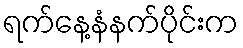
ရက်နေ့နံနက်ပိုင်းက